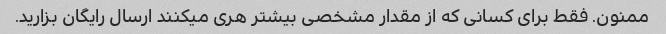
ممنون. فقط برای کسانی که از مقدار مشخصی بیشتر هری میکنند ارسال رایگان بزارید.